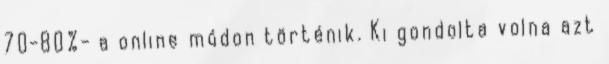
70-80%- a online módon történik. Ki gondolta volna azt